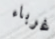
غرباء